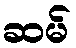
ဆမ်